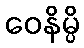
ဝေနိမ္ပိ